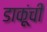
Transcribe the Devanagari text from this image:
डाकूंची